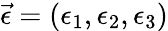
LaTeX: \vec{\epsilon}=({\epsilon}_{1},{\epsilon}_{2},{\epsilon}_{3})